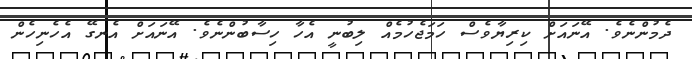
ދެމުންނެވެ. އޭނައަށް ކިރިޔާވެސް ހަމަޖެހުމެއް ލިބުނީ އެހާ ހިސާބުންނެވެ. އޭނައަށް އެނގޭ އެހެނިހެން